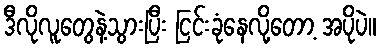
ဒီလိုလူတွေနဲ့သွားပြီး ငြင်းခုံနေလို့တော့ အပိုပဲ။